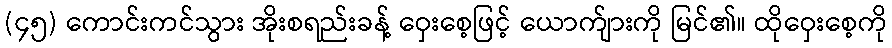
(၄၅) ကောင်းကင်သွား အိုးစရည်းခန့် ဝှေးစေ့ဖြင့် ယောက်ျားကို မြင်၏။ ထိုဝှေးစေ့ကို